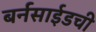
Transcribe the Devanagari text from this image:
बर्नसाईडची